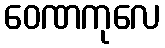
ဝေဏကုလေ